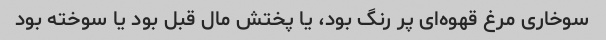
سوخاری مرغ قهوه‌ای پر رنگ بود، یا پختش مال قبل بود یا سوخته بود